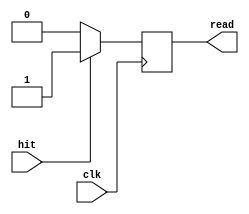
module cache_controller(clk,hit,read);
    input clk;
    input hit;
    
    output reg read;

    always@(posedge clk)
    begin
        if(hit == 1) begin
            read = 1;
        end
        else begin
            read = 0;
        end
    end
endmodule